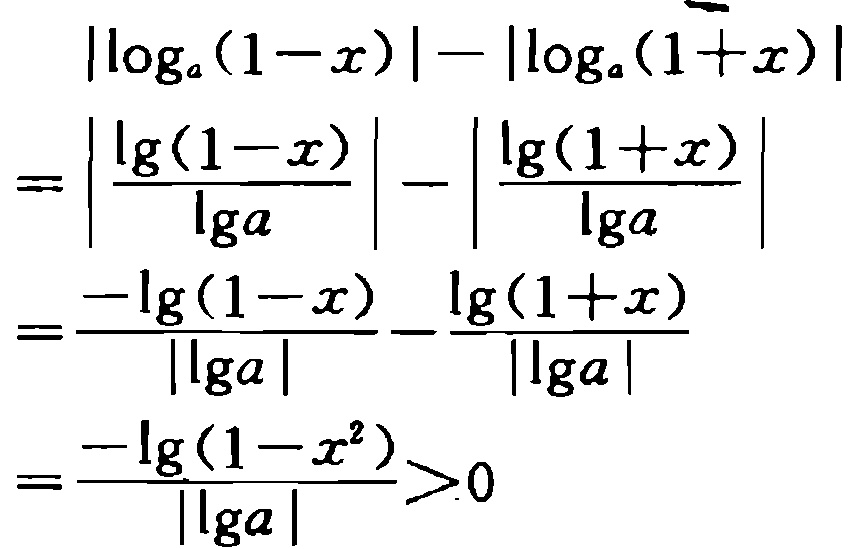
\[
\begin{align*}
&\vert\log_{a}(1 - x)\vert-\vert\log_{a}(1 + x)\vert\\
=&\left\vert\frac{\lg(1 - x)}{\lg a}\right\vert-\left\vert\frac{\lg(1 + x)}{\lg a}\right\vert\\
=&\frac{-\lg(1 - x)}{\vert\lg a\vert}-\frac{\lg(1 + x)}{\vert\lg a\vert}\\
=&\frac{-\lg(1 - x^{2})}{\vert\lg a\vert}>0
\end{align*}
\]